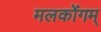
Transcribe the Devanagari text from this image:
मलकोंगम्